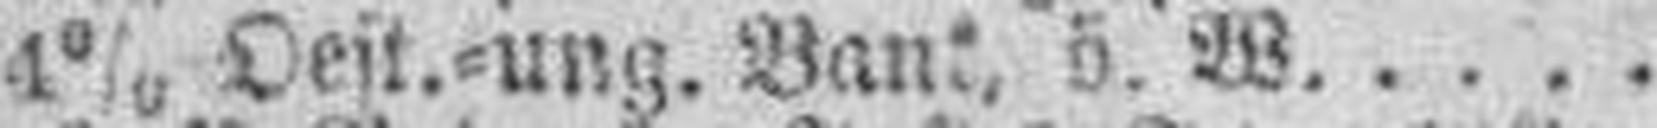
4%  Oest.=ung. Bank, ö. W.